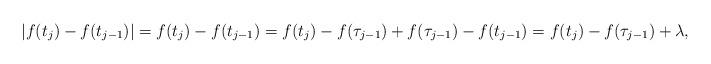
LaTeX: \begin{align*}|f(t_{j})-f(t_{j-1})|=f(t_{j})-f(t_{j-1})=f(t_{j})-f(\tau_{j-1})+f(\tau_{j-1})-f(t_{j-1})=f(t_{j})-f(\tau_{j-1})+\lambda,\end{align*}